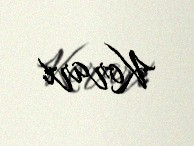
Korarx